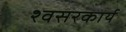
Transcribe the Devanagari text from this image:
श्वसरकार्य